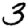
Digit: 3